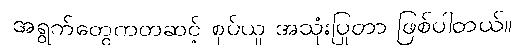
အရွက်တွေကတဆင့် စုပ်ယူ အသုံးပြုတာ ဖြစ်ပါတယ်။